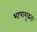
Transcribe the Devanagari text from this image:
भाषाशुद्धता